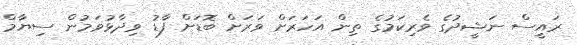
ރައީސް ނަޝީދުގެ ވެރިކަމުގެ ތިން އަހަރަށް ވަރަށް ބޮޑަށް ފާޑު ވިދާޅުވަމުން ސިޔާމް